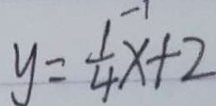
y = \frac { 1 } { 4 } x + 2